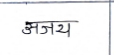
मजकूर: अजय